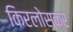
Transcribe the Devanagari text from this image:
किरलोसकर